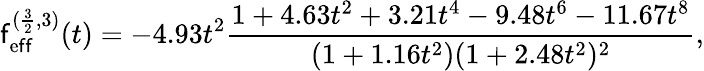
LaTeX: \mathsf{f}_{\mathrm{{e\mathsf{f}\mathsf{f}}}}^{(\frac{{3}}{{2}},3)}(t)=-4.93t^{2}\frac{{1+4.63t^{2}+3.21t^{4}-9.48t^{6}-11.67t^{8}}}{{(1+1.16t^{2})(1+2.48t^{2})^{2}}},